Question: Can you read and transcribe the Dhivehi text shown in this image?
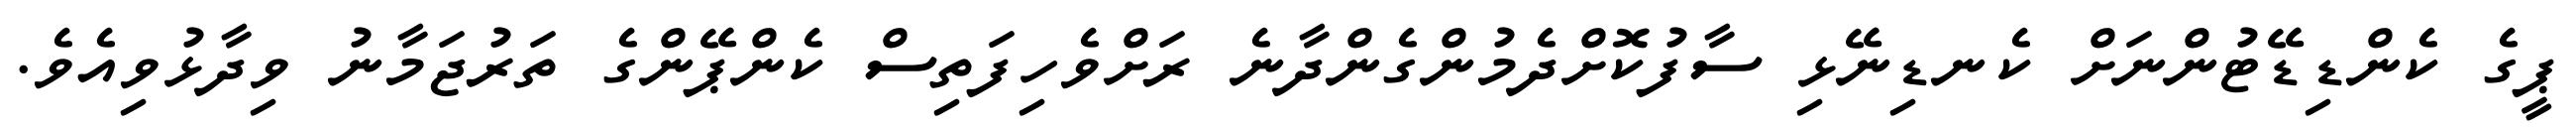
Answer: ޕީގެ ކެންޑިޑޭޓުންނަށް ކެނޑިނޭޅި ސާފުކޮށްދެމުންގެންދާނެ ރަށްވެހިފަތިސް ކެންޕޭންގެ ތަރުޖަމާނު ވިދާޅުވިއެވެ.